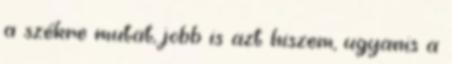
a székre mutat, jobb is azt hiszem, ugyanis a